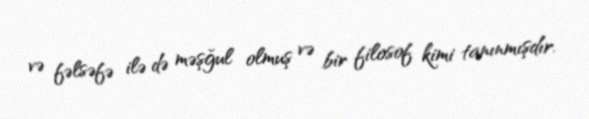
və fəlsəfə ilə də məşğul olmuş və bir filosof kimi tanınmışdır.